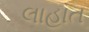
લાહાત